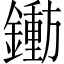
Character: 𬬐